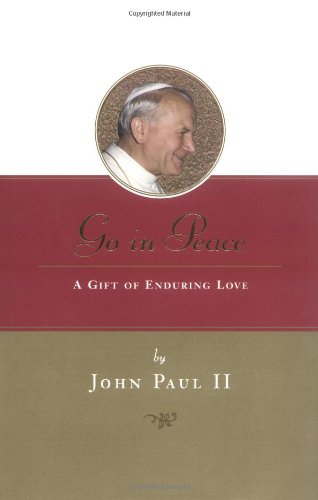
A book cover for Go in Peace: A Gift of Enduring Love; John Paul II; Christian Books & Bibles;